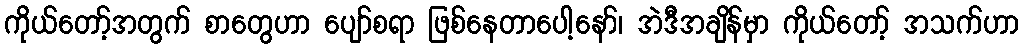
ကိုယ်တော့်အတွက် စာတွေဟာ ပျော်စရာ ဖြစ်နေတာပေါ့နော်၊ အဲဒီအချိန်မှာ ကိုယ်တော့် အသက်ဟာ